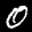
Label: 0